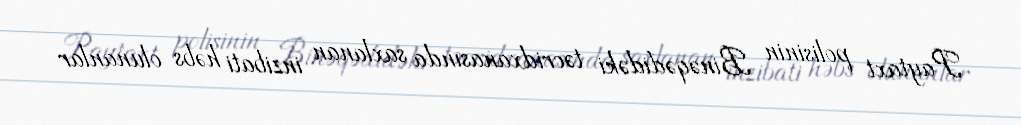
Paytaxt polisinin Binəqədidəki təcridxanasında saxlanan inzibati həbs olunanlar